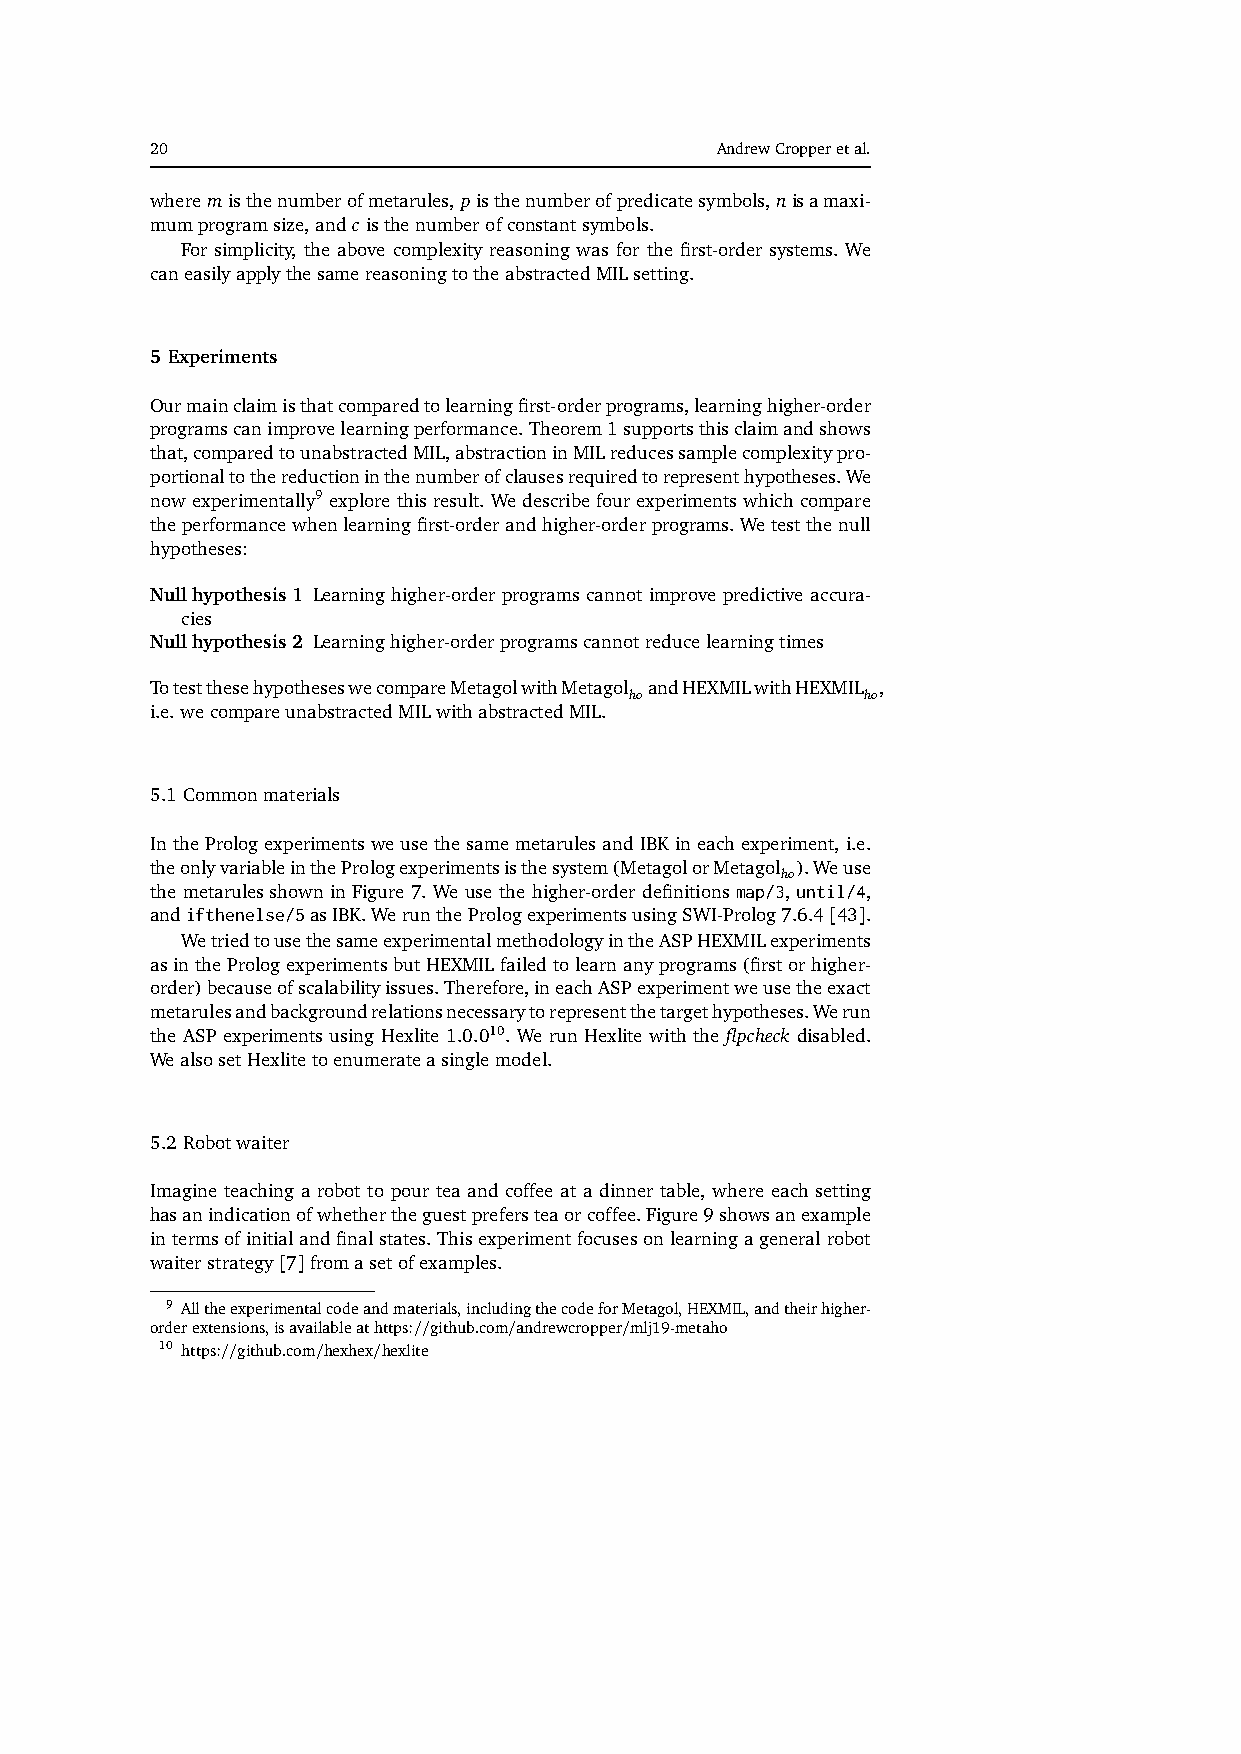
20                                   AndrewCropperetal.
 wheremisthenumberofmetarules,pisthenumberofpredicatesymbols,nisamaxi-
 mumprogramsize,andcisthenumberofconstantsymbols.
 For simplicity, the above complexity reasoning was for the first-order systems. We
 caneasilyapplythesamereasoningtotheabstractedMILsetting.
 5 Experiments
 Ourmainclaimisthatcomparedtolearningfirst-orderprograms,learninghigher-order
 programscanimprovelearningperformance.Theorem1supportsthisclaimandshows
 that,comparedtounabstractedMIL,abstractioninMILreducessamplecomplexitypro-
 portionaltothereductioninthenumberofclausesrequiredtorepresenthypotheses.We
 nowexperimentally9 explorethisresult.Wedescribefourexperimentswhichcompare
 theperformancewhenlearningfirst-orderandhigher-orderprograms.Wetestthenull
 hypotheses:
 Nullhypothesis1 Learninghigher-orderprogramscannotimprovepredictiveaccura-
 cies
 Nullhypothesis2 Learninghigher-orderprogramscannotreducelearningtimes
 TotestthesehypotheseswecompareMetagolwithMetagol andHEXMILwithHEXMIL ,
 ho             ho
 i.e.wecompareunabstractedMILwithabstractedMIL.
 5.1 Commonmaterials
 InthePrologexperimentsweusethesamemetarulesandIBKineachexperiment,i.e.
 theonlyvariableinthePrologexperimentsisthesystem(MetagolorMetagol ).Weuse
 ho
 the metarules shown in Figure 7. We use the higher-order definitions map/3, until/4,
 andifthenelse/5asIBK.WerunthePrologexperimentsusingSWI-Prolog7.6.4[43].
 WetriedtousethesameexperimentalmethodologyintheASPHEXMILexperiments
 asinthePrologexperimentsbutHEXMILfailedtolearnanyprograms(firstorhigher-
 order)becauseofscalabilityissues.Therefore,ineachASPexperimentweusetheexact
 metarulesandbackgroundrelationsnecessarytorepresentthetargethypotheses.Werun
 the ASP experiments using Hexlite 1.0.010. We run Hexlite with the flpcheck disabled.
 WealsosetHexlitetoenumerateasinglemodel.
 5.2 Robotwaiter
 Imagine teaching a robot to pour tea and coffee at a dinner table, where each setting
 hasanindicationofwhethertheguestprefersteaorcoffee.Figure9showsanexample
 intermsofinitialandfinalstates.Thisexperimentfocusesonlearningageneralrobot
 waiterstrategy[7]fromasetofexamples.
 9 Alltheexperimentalcodeandmaterials,includingthecodeforMetagol,HEXMIL,andtheirhigher-
 orderextensions,isavailableathttps://github.com/andrewcropper/mlj19-metaho
 10 https://github.com/hexhex/hexlite